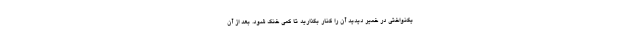
یکنواختی در خمیر دیدید آن را کنار بگذارید تا کمی خنک شود. بعد از آن